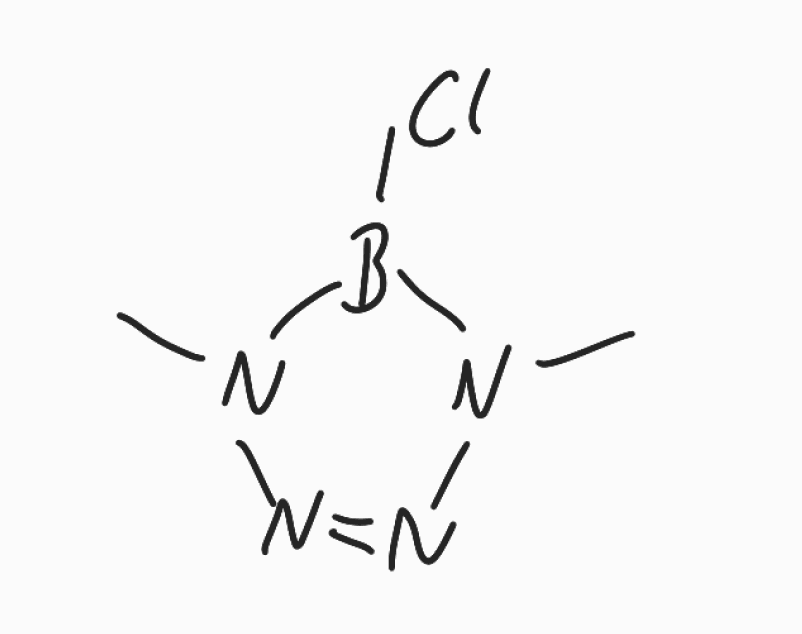
Simplified molecular-input line-entry system (SMILES) notation of the given molecule:
B1(N(N=NN1C)C)Cl